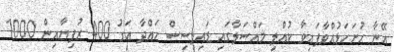
އޭނާ ހުށަހަޅުއްވާފައިވާ ކުއްލި މައްސަލާގައި ޑައިލިސިސް ހައްދާ އަގު 400 ރުފިޔާއިން 1000